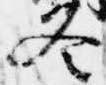
冬